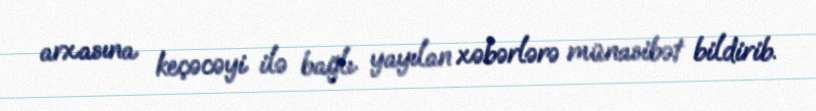
arxasına keçəcəyi ilə bağlı yayılan xəbərlərə münasibət bildirib.